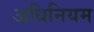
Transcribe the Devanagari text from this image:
अधिनियम